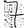
Digit: 7